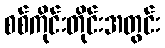
စစ်ကိုင်းတိုင်းအတွင်း